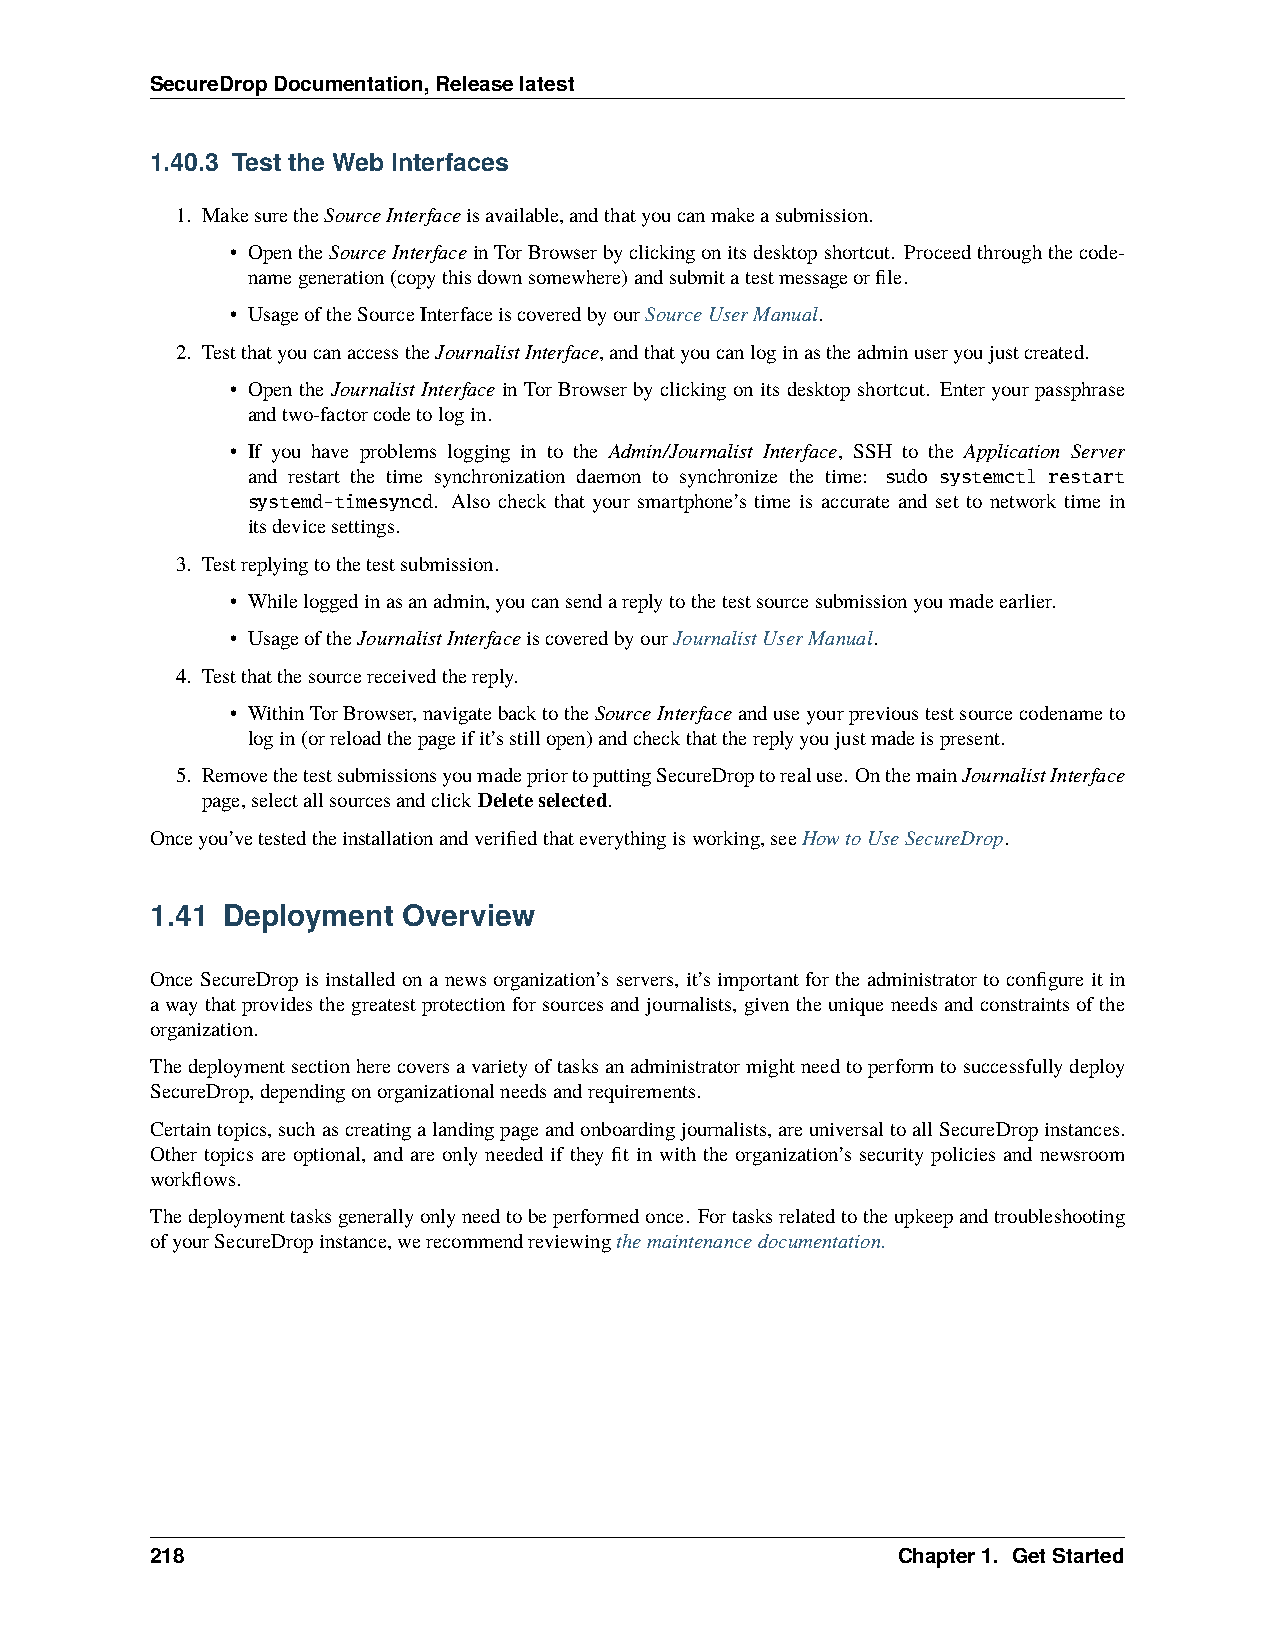
SecureDropDocumentation,Releaselatest
 1.40.3 Test the Web Interfaces
 1. MakesuretheSourceInterfaceisavailable,andthatyoucanmakeasubmission.
 • OpentheSourceInterfaceinTorBrowserbyclickingonitsdesktopshortcut. Proceedthroughthecode-
 namegeneration(copythisdownsomewhere)andsubmitatestmessageorfile.
 • UsageoftheSourceInterfaceiscoveredbyourSourceUserManual.
 2. TestthatyoucanaccesstheJournalistInterface,andthatyoucanloginastheadminuseryoujustcreated.
 • Open the Journalist Interface in Tor Browser by clicking on its desktop shortcut. Enter your passphrase
 andtwo-factorcodetologin.
 • If you have problems logging in to the Admin/Journalist Interface, SSH to the Application Server
 and restart the time synchronization daemon to synchronize the time: sudo systemctl restart
 systemd-timesyncd. Also check that your smartphone’s time is accurate and set to network time in
 itsdevicesettings.
 3. Testreplyingtothetestsubmission.
 • Whileloggedinasanadmin,youcansendareplytothetestsourcesubmissionyoumadeearlier.
 • UsageoftheJournalistInterfaceiscoveredbyourJournalistUserManual.
 4. Testthatthesourcereceivedthereply.
 • WithinTorBrowser,navigatebacktotheSourceInterfaceanduseyourprevioustestsourcecodenameto
 login(orreloadthepageifit’sstillopen)andcheckthatthereplyyoujustmadeispresent.
 5. RemovethetestsubmissionsyoumadepriortoputtingSecureDroptorealuse. OnthemainJournalistInterface
 page,selectallsourcesandclickDeleteselected.
 Onceyou’vetestedtheinstallationandverifiedthateverythingisworking,seeHowtoUseSecureDrop.
 1.41 Deployment  Overview
 Once SecureDrop is installed on a news organization’s servers, it’s important for the administrator to configure it in
 awaythatprovidesthegreatestprotectionforsourcesandjournalists, giventheuniqueneedsandconstraintsofthe
 organization.
 Thedeploymentsectionherecoversavarietyoftasksanadministratormightneedtoperformtosuccessfullydeploy
 SecureDrop,dependingonorganizationalneedsandrequirements.
 Certaintopics,suchascreatingalandingpageandonboardingjournalists,areuniversaltoallSecureDropinstances.
 Other topics are optional, and are only needed if they fit in with the organization’s security policies and newsroom
 workflows.
 Thedeploymenttasksgenerallyonlyneedtobeperformedonce. Fortasksrelatedtotheupkeepandtroubleshooting
 ofyourSecureDropinstance,werecommendreviewingthemaintenancedocumentation.
 218                                              Chapter1. GetStarted